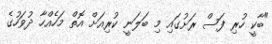
"ބާކީ ހުރި ފަސް ރަށުގައި މި ބަލަނީ ކުރިއަށް އޮތް މަހެއްހާ ދުވަހުގެ